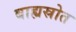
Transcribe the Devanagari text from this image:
बाह्यस्रोत